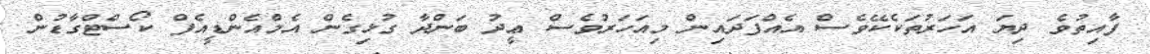
ފާއިތުވެ ދިޔަ އަހަރުތަކެކޭވެސް އެއްފަދައިން މިއަހަރުވެސް ޢީދު ބަންދާ ގުޅިގެން އެމްއެންޑީއެފް ކޯސްޓްގާޑުން